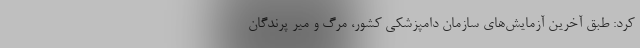
کرد: طبق آخرین آزمایش‌های سازمان دامپزشکی کشور، مرگ و میر پرندگان